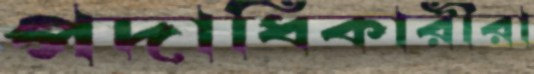
পদাধিকারীরা